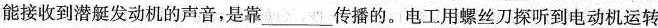
能接收到潜艇发动机的声音，是靠___传播的。电工用螺丝刀探听到电动机运转